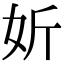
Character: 妡